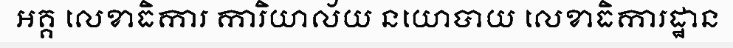
អគ្គ លេខាធិការ ការិយាល័យ នយោបាយ លេខាធិការដ្ឋាន